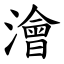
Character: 澮